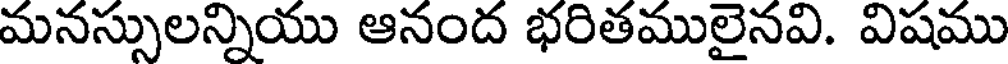
మనస్సులన్నియు ఆనంద భరితములైనవి. విషము